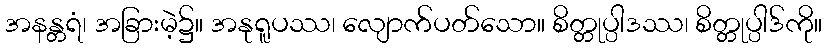
အနန္တရံ၊ အခြားမဲ့၌။ အနုရူပဿ၊ လျောက်ပတ်သော။ စိတ္တုပ္ပါဒဿ၊ စိတ္တုပ္ပါဒ်ကို။